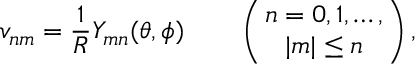
v _ { n m } = \frac { 1 } { R } Y _ { m n } ( \theta , \phi ) \qquad \left( { n = 0 , 1 , \ldots , \atop | m | \leq n } \right) ,